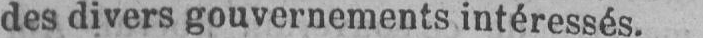
des divers gouvernements intéressés.